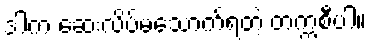
ဒါက ဆေးလိပ်မသောက်ရတဲ့ တက္ကစီပါ။